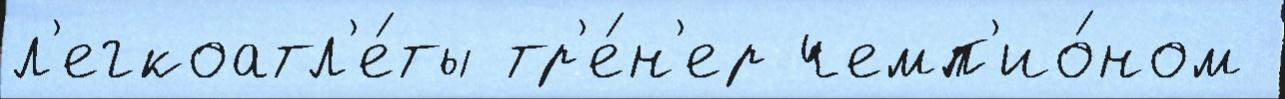
л'егкоатл'е́ты тр'е́н'ер чемп'ио́ном